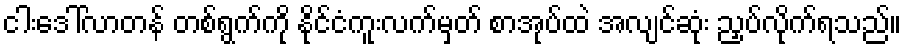
ငါးဒေါ်လာတန် တစ်ရွက်ကို နိုင်ငံကူးလက်မှတ် စာအုပ်ထဲ အလျင်ဆုံး ညှပ်လိုက်ရသည်။